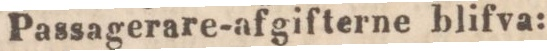
Passagerare-afgifterne blifva: